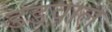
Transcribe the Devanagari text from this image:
डडवाल